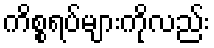
ကိစ္စရပ်များကိုလည်း